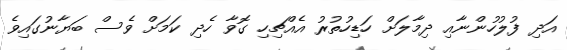
އަދި ފުލުހުންނާއި ދިމާލަށް ހަޑިހުތުރު އެއްޗިހި ގޮވާ ހެދި ކަމަށް ވެސް ބަޔާނުގައިވެ